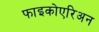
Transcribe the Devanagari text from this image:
फाइकोएरिअन